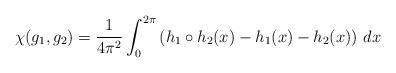
LaTeX: \begin{align*}\chi(g_{1}, g_{2}) = \frac{1}{4\pi^{2}} \int_{0}^{2\pi}\left(h_{1} \circ h_{2}(x) - h_{1}(x) - h_{2}(x)\right) \, dx\end{align*}